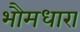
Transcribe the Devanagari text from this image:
भौमधारा